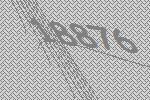
18876